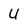
Character: U